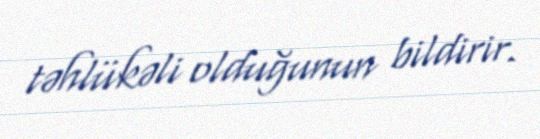
təhlükəli olduğunun bildirir.